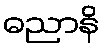
ဓညာနိ